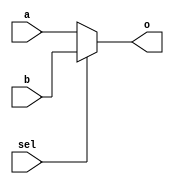
`timescale 1ns / 1ps
//////////////////////////////////////////////////////////////////////////////////
// Company: 
// Engineer: 
// 
// Design Name: 
// Module Name: multiplexerM2
// Project Name: 
// Target Devices: 
// Tool Versions: 
// Description: 
// 
// Dependencies: 
// 
// Revision:
// Revision 0.01 - File Created
// Additional Comments:
// 
//////////////////////////////////////////////////////////////////////////////////


module multiplexerM2(
        input wire a,
        input wire b,
        input wire sel,
        output reg o
    );

    always @(*) begin 
        if(sel) begin 
            o = b ;
        end else begin 
            o = a ;
        end 
    
    end 
    
    
    
endmodule